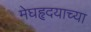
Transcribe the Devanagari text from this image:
मेघहृदयाच्या